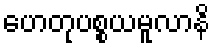
ဟေတုပစ္စယမူလာနိ